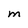
Character: M